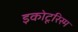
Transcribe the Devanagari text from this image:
इकोटूरिस्म